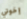
إخوتي